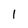
Character: 1